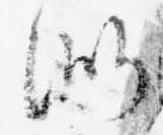
似